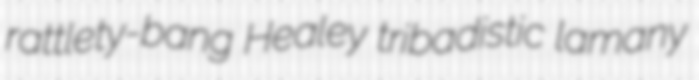
rattlety-bang Healey tribadistic lamany